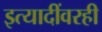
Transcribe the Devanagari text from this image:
इत्यादींवरही